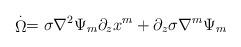
LaTeX: \begin{align*}\stackrel{.}{\Omega }=\sigma \nabla ^{2}\Psi _{m}\partial _{z}x^{m}+\partial_{z}\sigma \nabla ^{m}\Psi _{m}\end{align*}